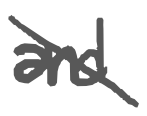
Text: and
Cross-out: diagonal
Writing tool: digital_gray